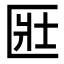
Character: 匨